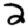
Digit: 2